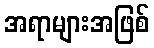
အရာများအဖြစ်